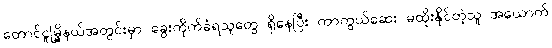
တောင်ငူမြို့နယ်အတွင်းမှာ ခွေးကိုက်ခံရသူတွေ ရှိနေပြီး ကာကွယ်ဆေး မထိုးနိုင်တဲ့သူ အယောက်